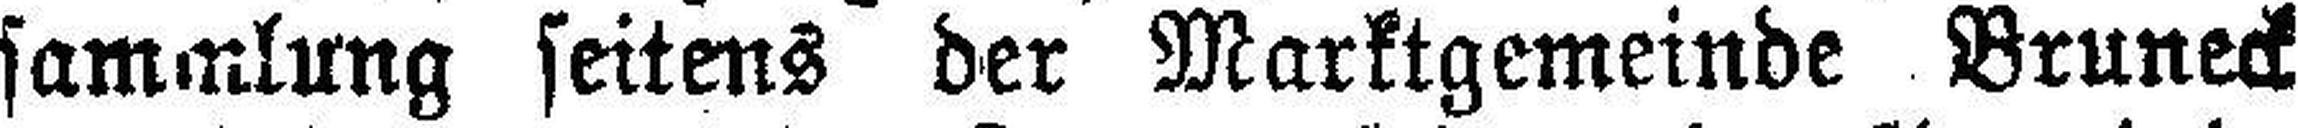
sammlung seitens der Marktgemeinde Bruneck